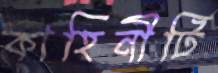
কাহিনীটি